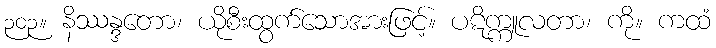
၃၀၃။ နိဿန္ဒတော၊ ယိုစီးထွက်သောအားဖြင့်။ ပဋိက္ကူလတာ၊ ကို။ ကထံ